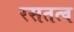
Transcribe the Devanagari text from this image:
रसतत्व